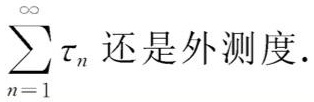
\(\sum_{n = 1}^{\infty} \tau_{n}\) 还是外测度.